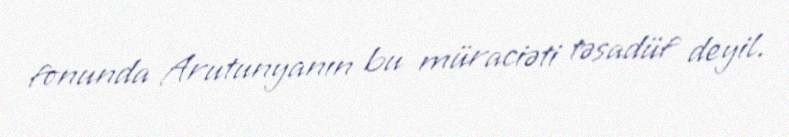
fonunda Arutunyanın bu müraciəti təsadüf deyil.